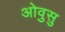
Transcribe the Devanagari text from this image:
ओवुसु